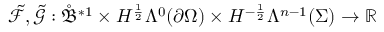
\tilde { \mathcal { F } } , \tilde { \mathcal { G } } : \mathring { \mathfrak { B } } ^ { \ast 1 } \times H ^ { \frac { 1 } { 2 } } \Lambda ^ { 0 } ( \partial \Omega ) \times H ^ { - \frac { 1 } { 2 } } \Lambda ^ { n - 1 } ( \Sigma ) \to \mathbb { R }